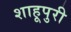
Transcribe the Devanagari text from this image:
शाहूपुरी